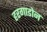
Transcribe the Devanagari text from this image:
हरगाडोन